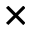
\times